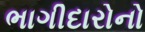
ભાગીદારોનો